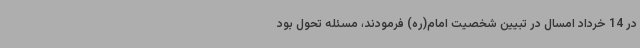
در 14 خرداد امسال در تبیین شخصیت امام(ره) فرمودند، مسئله تحول بود